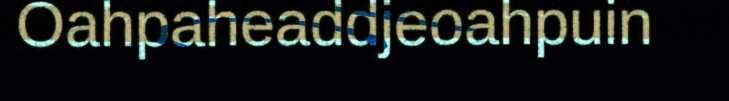
Oahpaheaddjeoahpuin